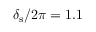
\delta _ { \mathrm { s } } / 2 \pi = 1 . 1